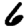
Digit: 6